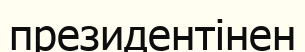
президентінен